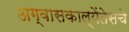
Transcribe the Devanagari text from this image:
अग्वासकाल्येंतेसचे